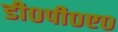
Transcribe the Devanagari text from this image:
डी०पी०ए०